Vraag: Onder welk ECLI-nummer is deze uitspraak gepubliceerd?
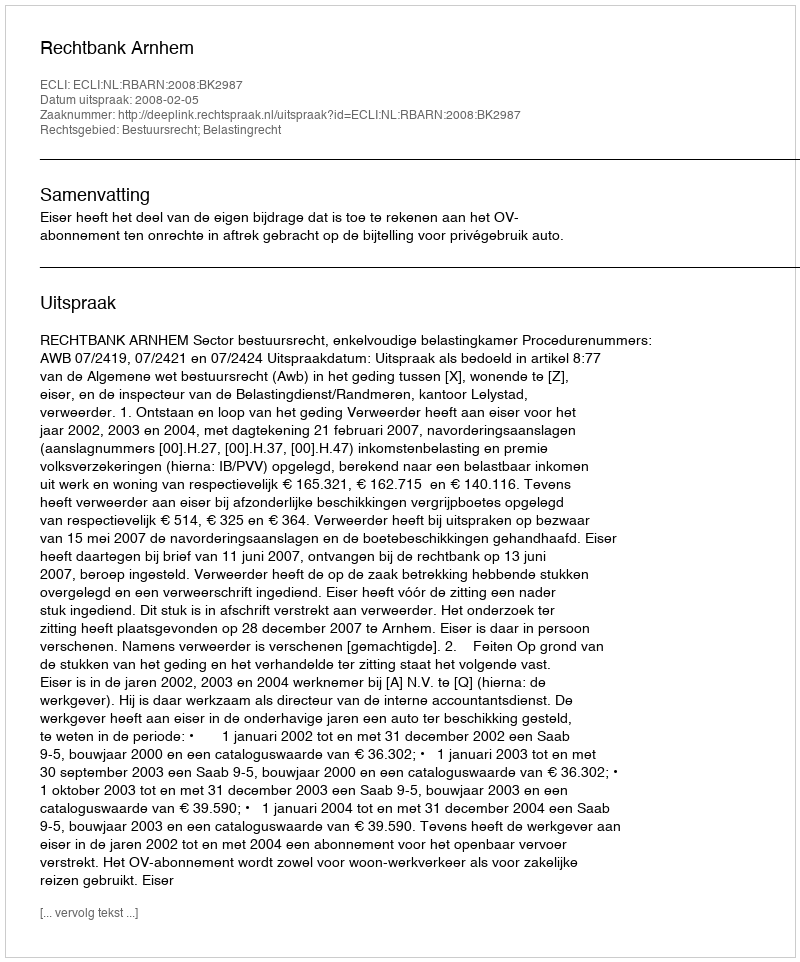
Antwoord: ECLI:NL:RBARN:2008:BK2987